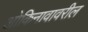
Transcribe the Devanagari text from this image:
ओकिनावावरील